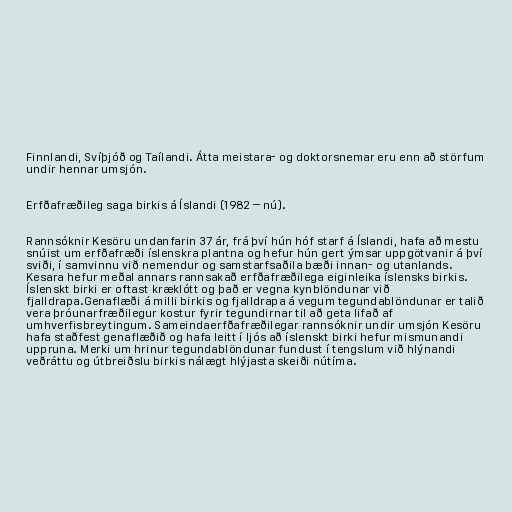
Finnlandi, Svíþjóð og Taílandi. Átta meistara- og doktorsnemar eru enn að störfum
undir hennar umsjón.

Erfðafræðileg saga birkis á Íslandi (1982 – nú).

Rannsóknir Kesöru undanfarin 37 ár, frá því hún hóf starf á Íslandi, hafa að mestu
snúist um erfðafræði íslenskra plantna og hefur hún gert ýmsar uppgötvanir á því
sviði, í samvinnu við nemendur og samstarfsaðila bæði innan- og utanlands.
Kesara hefur meðal annars rannsakað erfðafræðilega eiginleika íslensks birkis.
Íslenskt birki er oftast kræklótt og það er vegna kynblöndunar við
fjalldrapa.Genaflæði á milli birkis og fjalldrapa á vegum tegundablöndunar er talið
vera þróunarfræðilegur kostur fyrir tegundirnar til að geta lifað af
umhverfisbreytingum. Sameindaerfðafræðilegar rannsóknir undir umsjón Kesöru
hafa staðfest genaflæðið og hafa leitt í ljós að íslenskt birki hefur mismunandi
uppruna. Merki um hrinur tegundablöndunar fundust í tengslum við hlýnandi
veðráttu og útbreiðslu birkis nálægt hlýjasta skeiði nútíma.